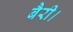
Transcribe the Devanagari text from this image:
बैरी।